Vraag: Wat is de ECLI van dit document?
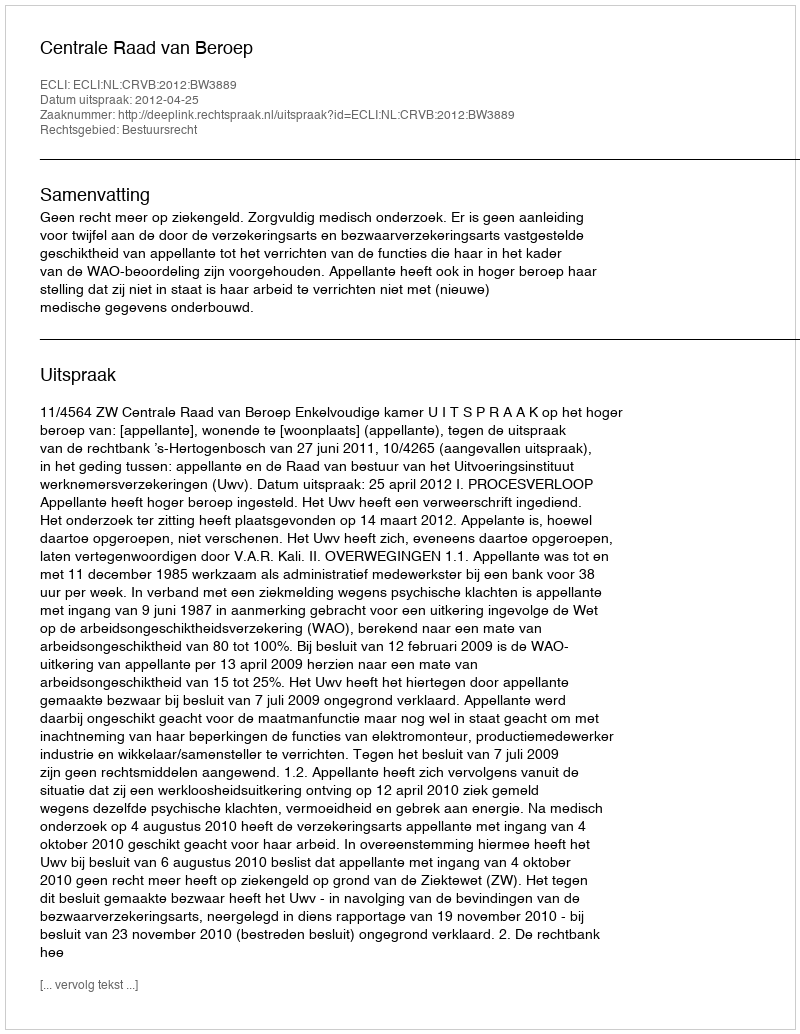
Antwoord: ECLI:NL:CRVB:2012:BW3889